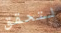
لتحقق